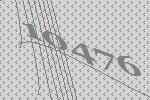
10476